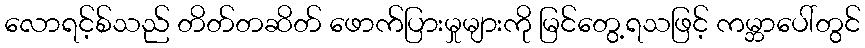
လောရင့်စ်သည် တိတ်တဆိတ် ဖောက်ပြားမှုများကို မြင်တွေ့ရသဖြင့် ကမ္ဘာပေါ်တွင်